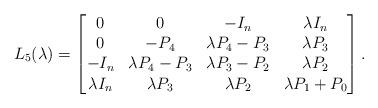
LaTeX: \begin{align*}L_5(\lambda) = \begin{bmatrix}0 & 0 & -I_n & \lambda I_n \\0 & -P_4 & \lambda P_4-P_3 & \lambda P_3 \\-I_n & \lambda P_4-P_3 & \lambda P_3-P_2 & \lambda P_2 \\\lambda I_n & \lambda P_3 & \lambda P_2 & \lambda P_1+P_0\end{bmatrix}.\end{align*}